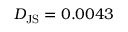
D _ { \mathrm { J S } } = 0 . 0 0 4 3